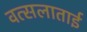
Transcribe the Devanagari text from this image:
वत्सलाताई